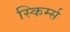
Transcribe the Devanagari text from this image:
स्किर्म्स